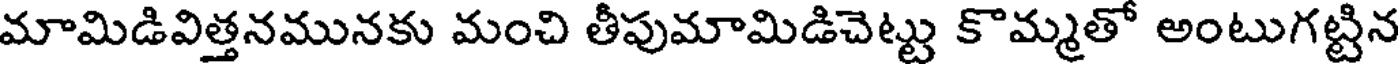
మామిడివిత్తనమునకు మంచి తీపుమామిడిచెట్టు కొమ్మతో అంటుగట్టిన